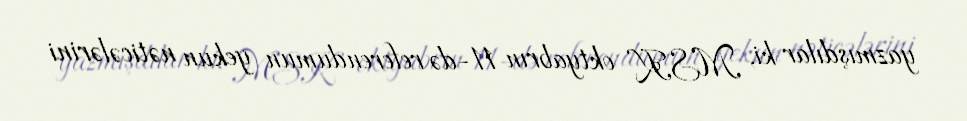
yazmışdılar ki, MSK oktyabrın 11-də referendumun yekun nəticələrini